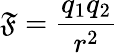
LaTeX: \mathfrak{F}={\frac{{q_{1}q_{2}}}{{r^{2}}}}